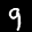
Label: 9